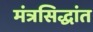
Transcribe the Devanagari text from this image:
मंत्रसिद्धांत